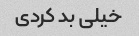
خیلی بد کردی